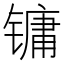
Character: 镛